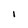
Character: I